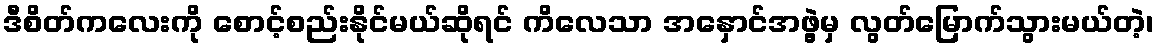
ဒီစိတ်ကလေးကို စောင့်စည်းနိုင်မယ်ဆိုရင် ကိလေသာ အနှောင်အဖွဲ့မှ လွတ်မြောက်သွားမယ်တဲ့၊